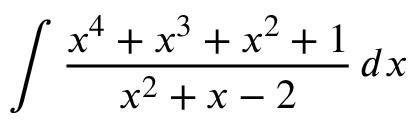
\int { \frac { x ^ { 4 } + x ^ { 3 } + x ^ { 2 } + 1 } { x ^ { 2 } + x - 2 } } \, d x